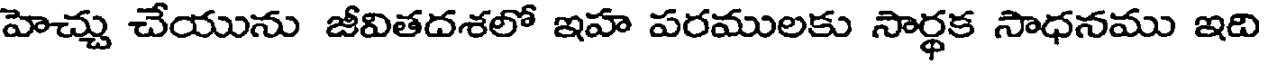
హెచ్చు చేయును జీవితదశలో ఇహ పరములకు సార్థక సాధనము ఇది